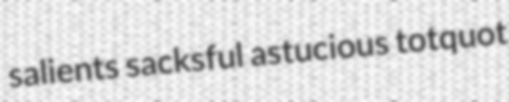
salients sacksful astucious totquot